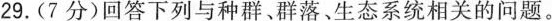
29.(7分)回答下列与种群、群落生态系统相关的问题。